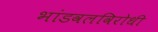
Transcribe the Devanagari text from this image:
भांडवलविरोधी